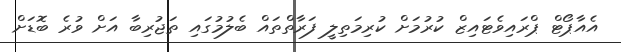
އެއާޕޯޓް ޕްރައިވެޓައިޒް ކުރުމަށް ކުރިމަތިލީ ފަރާތްތައް ބެލުމުގައި ތަޖުރިބާ އަށް ވުރެ ބޮޑަށް